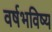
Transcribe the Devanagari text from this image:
वर्षभविष्य